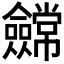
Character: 𭀕